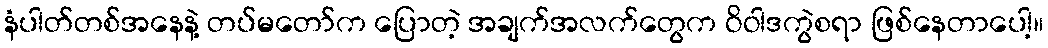
နံပါတ်တစ်အနေနဲ့ တပ်မတော်က ပြောတဲ့ အချက်အလက်တွေက ဝိဝါဒကွဲစရာ ဖြစ်နေတာပေါ့။